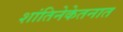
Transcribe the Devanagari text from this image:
शांतिनेकेतनात